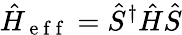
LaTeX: \hat{H}_{\mathrm{~e~f~f~}}=\hat{S}^{\dagger}\hat{H}\hat{S}